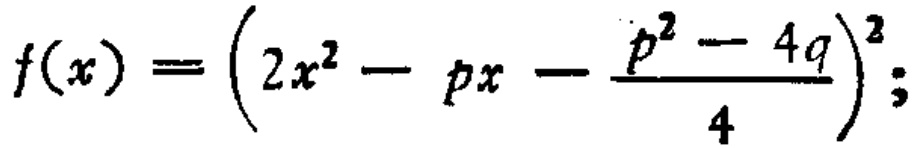
\[

f(x)=\left(2x^{2}-px - \frac{p^{2}-4q}{4}\right)^{2}

\]